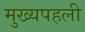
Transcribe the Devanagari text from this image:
मुख्यपहली